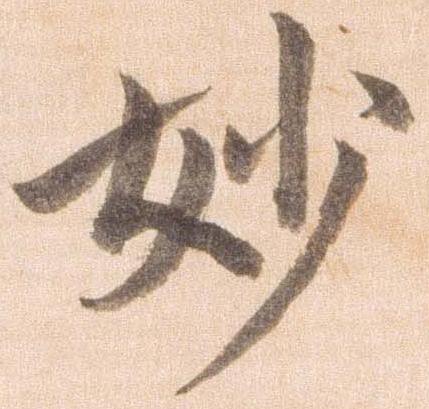
妙